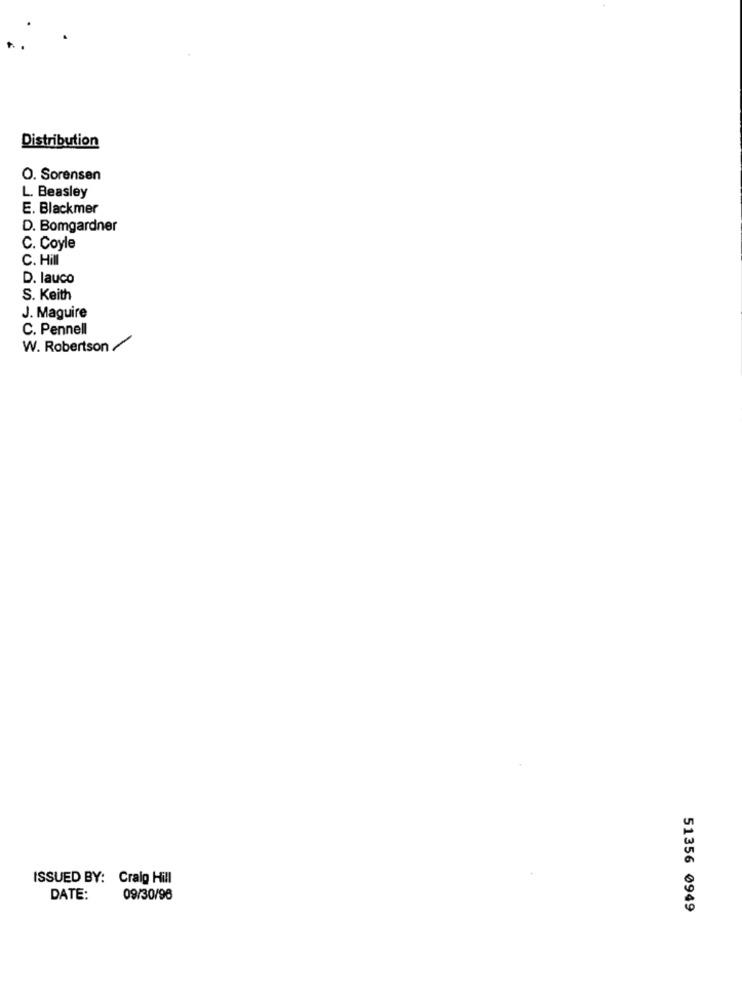
Distribution
O. Sorensen
L. Beasley
E. Blackmer
D. Bomgardner
C. Coyle
C. Hill
D. lauco
S. Keith
J. Maguire
C. Pennell
W. Robertson /
ISSUED BY: Craig Hill
DATE:
09/30/96
51356 0949